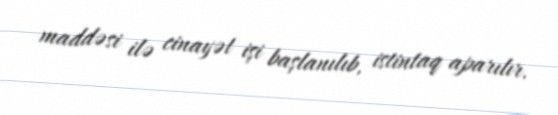
maddəsi ilə cinayət işi başlanılıb, istintaq aparılır.